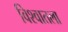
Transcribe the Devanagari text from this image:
विश्वातला